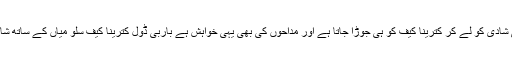
واضح رہے کہ دبنگ خان کی شادی کو لے کر کترینا کیف کو ہی جوڑا جاتا ہے اور مداحوں کی بھی یہی خواہش ہے باربی ڈول کترینا کیف سلو میاں کے ساتھ شادی کے بندھن میں بندھ جائیں۔